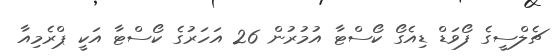
ޗެލްސީގެ ފޯވަޑް ޑިއެގޯ ކޯސްޓާ އުމުރުން 26 އަހަރުގެ ކޯސްޓާ އަކީ ޕްރެމިއާ